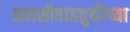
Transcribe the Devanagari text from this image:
प्रवासीवाहतुकीच्या